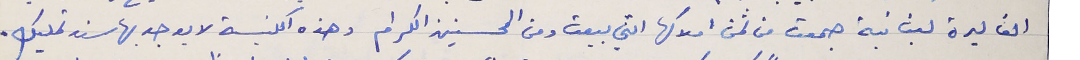
الف ليرة لبنانية جمعت من ثمن املاكها التي بيعت ومن المحسنين الكرام وهذه الكنيسة لا يوجد بها سند تمليك.